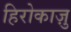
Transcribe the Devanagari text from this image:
हिरोकाज़ु